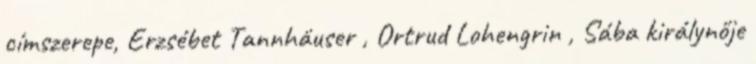
címszerepe, Erzsébet Tannhäuser , Ortrud Lohengrin , Sába királynője